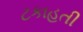
ટકાહતી